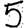
Digit: 5